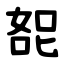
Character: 㖲